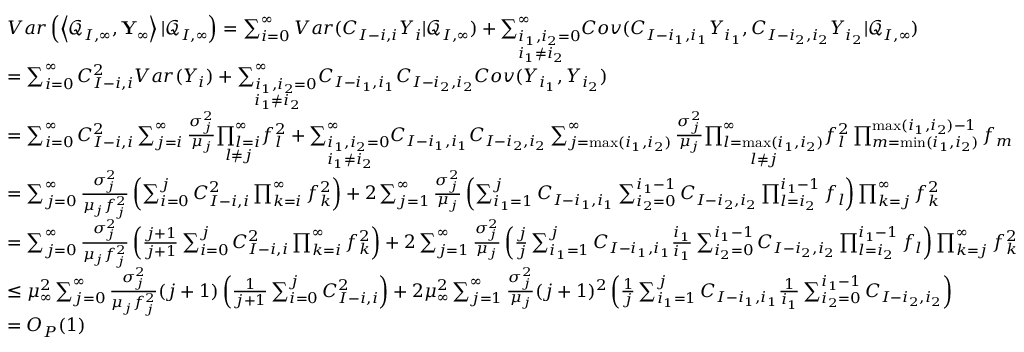
\begin{array} { r l } & { V a r \left( \left\langle \mathcal { Q } _ { I , \infty } , \mathbf { Y } _ { \infty } \right\rangle | \mathcal { Q } _ { I , \infty } \right) = \sum _ { i = 0 } ^ { \infty } V a r ( C _ { I - i , i } Y _ { i } | \mathcal { Q } _ { I , \infty } ) + \underset { i _ { 1 } \neq i _ { 2 } } { \sum _ { i _ { 1 } , i _ { 2 } = 0 } ^ { \infty } } C o v ( C _ { I - i _ { 1 } , i _ { 1 } } Y _ { i _ { 1 } } , C _ { I - i _ { 2 } , i _ { 2 } } Y _ { i _ { 2 } } | \mathcal { Q } _ { I , \infty } ) } \\ & { = \sum _ { i = 0 } ^ { \infty } C _ { I - i , i } ^ { 2 } V a r ( Y _ { i } ) + \underset { i _ { 1 } \neq i _ { 2 } } { \sum _ { i _ { 1 } , i _ { 2 } = 0 } ^ { \infty } } C _ { I - i _ { 1 } , i _ { 1 } } C _ { I - i _ { 2 } , i _ { 2 } } C o v ( Y _ { i _ { 1 } } , Y _ { i _ { 2 } } ) } \\ & { = \sum _ { i = 0 } ^ { \infty } C _ { I - i , i } ^ { 2 } \sum _ { j = i } ^ { \infty } \frac { \sigma _ { j } ^ { 2 } } { \mu _ { j } } \underset { l \neq j } { \prod _ { l = i } ^ { \infty } } f _ { l } ^ { 2 } + \underset { i _ { 1 } \neq i _ { 2 } } { \sum _ { i _ { 1 } , i _ { 2 } = 0 } ^ { \infty } } C _ { I - i _ { 1 } , i _ { 1 } } C _ { I - i _ { 2 } , i _ { 2 } } \sum _ { j = \operatorname* { m a x } ( i _ { 1 } , i _ { 2 } ) } ^ { \infty } \frac { \sigma _ { j } ^ { 2 } } { \mu _ { j } } \underset { l \neq j } { \prod _ { l = \operatorname* { m a x } ( i _ { 1 } , i _ { 2 } ) } ^ { \infty } } f _ { l } ^ { 2 } \prod _ { m = \operatorname* { m i n } ( i _ { 1 } , i _ { 2 } ) } ^ { \operatorname* { m a x } ( i _ { 1 } , i _ { 2 } ) - 1 } f _ { m } } \\ & { = \sum _ { j = 0 } ^ { \infty } \frac { \sigma _ { j } ^ { 2 } } { \mu _ { j } f _ { j } ^ { 2 } } \left( \sum _ { i = 0 } ^ { j } C _ { I - i , i } ^ { 2 } \prod _ { k = i } ^ { \infty } f _ { k } ^ { 2 } \right) + 2 \sum _ { j = 1 } ^ { \infty } \frac { \sigma _ { j } ^ { 2 } } { \mu _ { j } } \left( \sum _ { i _ { 1 } = 1 } ^ { j } C _ { I - i _ { 1 } , i _ { 1 } } \sum _ { i _ { 2 } = 0 } ^ { i _ { 1 } - 1 } C _ { I - i _ { 2 } , i _ { 2 } } \prod _ { l = i _ { 2 } } ^ { i _ { 1 } - 1 } f _ { l } \right) \prod _ { k = j } ^ { \infty } f _ { k } ^ { 2 } } \\ & { = \sum _ { j = 0 } ^ { \infty } \frac { \sigma _ { j } ^ { 2 } } { \mu _ { j } f _ { j } ^ { 2 } } \left( \frac { j + 1 } { j + 1 } \sum _ { i = 0 } ^ { j } C _ { I - i , i } ^ { 2 } \prod _ { k = i } ^ { \infty } f _ { k } ^ { 2 } \right) + 2 \sum _ { j = 1 } ^ { \infty } \frac { \sigma _ { j } ^ { 2 } } { \mu _ { j } } \left( \frac { j } { j } \sum _ { i _ { 1 } = 1 } ^ { j } C _ { I - i _ { 1 } , i _ { 1 } } \frac { i _ { 1 } } { i _ { 1 } } \sum _ { i _ { 2 } = 0 } ^ { i _ { 1 } - 1 } C _ { I - i _ { 2 } , i _ { 2 } } \prod _ { l = i _ { 2 } } ^ { i _ { 1 } - 1 } f _ { l } \right) \prod _ { k = j } ^ { \infty } f _ { k } ^ { 2 } } \\ & { \leq \mu _ { \infty } ^ { 2 } \sum _ { j = 0 } ^ { \infty } \frac { \sigma _ { j } ^ { 2 } } { \mu _ { j } f _ { j } ^ { 2 } } ( j + 1 ) \left( \frac { 1 } { j + 1 } \sum _ { i = 0 } ^ { j } C _ { I - i , i } ^ { 2 } \right) + 2 \mu _ { \infty } ^ { 2 } \sum _ { j = 1 } ^ { \infty } \frac { \sigma _ { j } ^ { 2 } } { \mu _ { j } } ( j + 1 ) ^ { 2 } \left( \frac { 1 } { j } \sum _ { i _ { 1 } = 1 } ^ { j } C _ { I - i _ { 1 } , i _ { 1 } } \frac { 1 } { i _ { 1 } } \sum _ { i _ { 2 } = 0 } ^ { i _ { 1 } - 1 } C _ { I - i _ { 2 } , i _ { 2 } } \right) } \\ & { = O _ { P } ( 1 ) } \end{array}